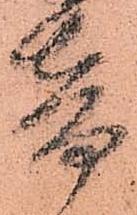
音